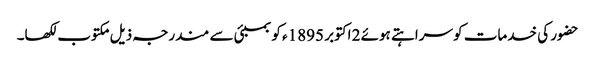
حضور کی خدمات کو سراہتے ہوئے 2 اکتوبر 1895ء کو بمبئی سے مندرجہ ذیل مکتوب لکھا۔